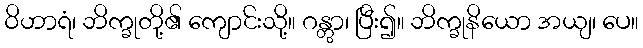
ဝိဟာရံ၊ ဘိက္ခုတို့၏ ကျောင်းသို့။ ဂန္တွာ၊ ပြီး၍။ ဘိက္ခုနိယော အယျ၊ ပေ။